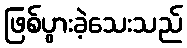
ဖြစ်ပွားခဲ့သေးသည်